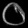
Digit: ၀